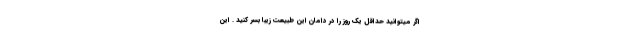
اگر میتوانید حداقل یک روز را در دامان این طبیعت زیبا بسر کنید . این